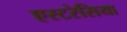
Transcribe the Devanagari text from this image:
एस्टरेसिया